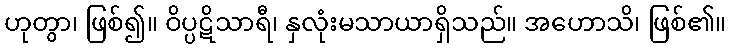
ဟုတွာ၊ ဖြစ်၍။ ဝိပ္ပဋိသာရီ၊ နှလုံးမသာယာရှိသည်။ အဟောသိ၊ ဖြစ်၏။